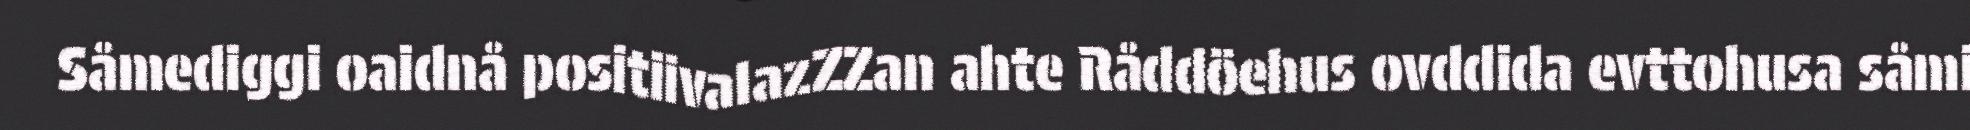
Såmediggi oaidnå positiivalazZZan ahte Råddöehus ovddida evttohusa såmi